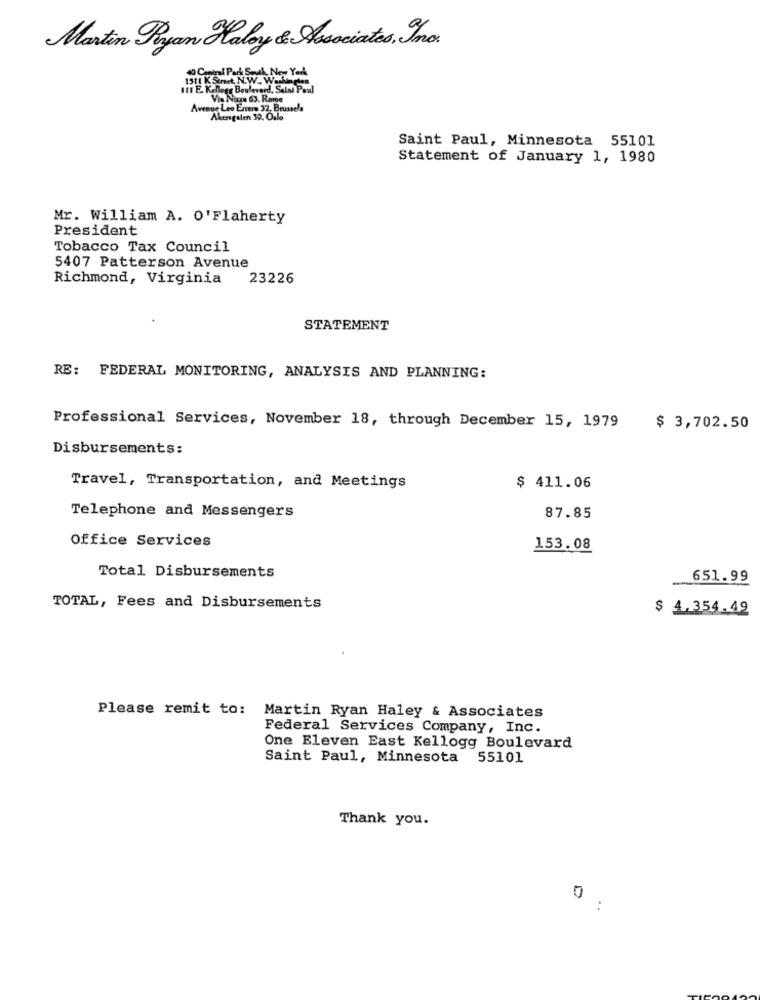
Martin Ryan Haloy & Associates, Ino.
It! E. Kellege Boulevard, Salal Paul
Via Numa 63. Rome
Avenue Leo Envers 32, Brussels
Akerigsten 39. Oale
Saint Paul, Minnesota 55101
Statement of January 1, 1980
Mr. William A. O'Flaherty
President
Tobacco Tax Council
5407 Patterson Avenue
Richmond, Virginia 23226
STATEMENT
RE: FEDERAL MONITORING, ANALYSIS AND PLANNING:
Professional Services, November 18, through December 15, 1979
$ 3,702.50
Disbursements:
Travel, Transportation, and Meetings
$ 411.06
Telephone and Messengers
87.85
Office Services
153.08
Total Disbursements
651.99
TOTAL, Fees and Disbursements
$ 4.354.49
Please remit to: Martin Ryan Haley & Associates
Federal Services Company, Inc.
One Eleven East Kellogg Boulevard
Saint Paul, Minnesota 55101
Thank you.
0 .